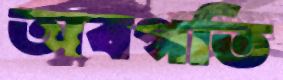
অবগতি